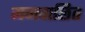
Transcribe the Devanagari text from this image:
मनवाछित